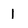
Character: l